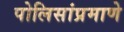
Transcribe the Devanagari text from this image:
पोलिसांप्रमाणे